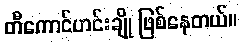
တီကောင်ဟင်းချို ဖြစ်နေတယ်။